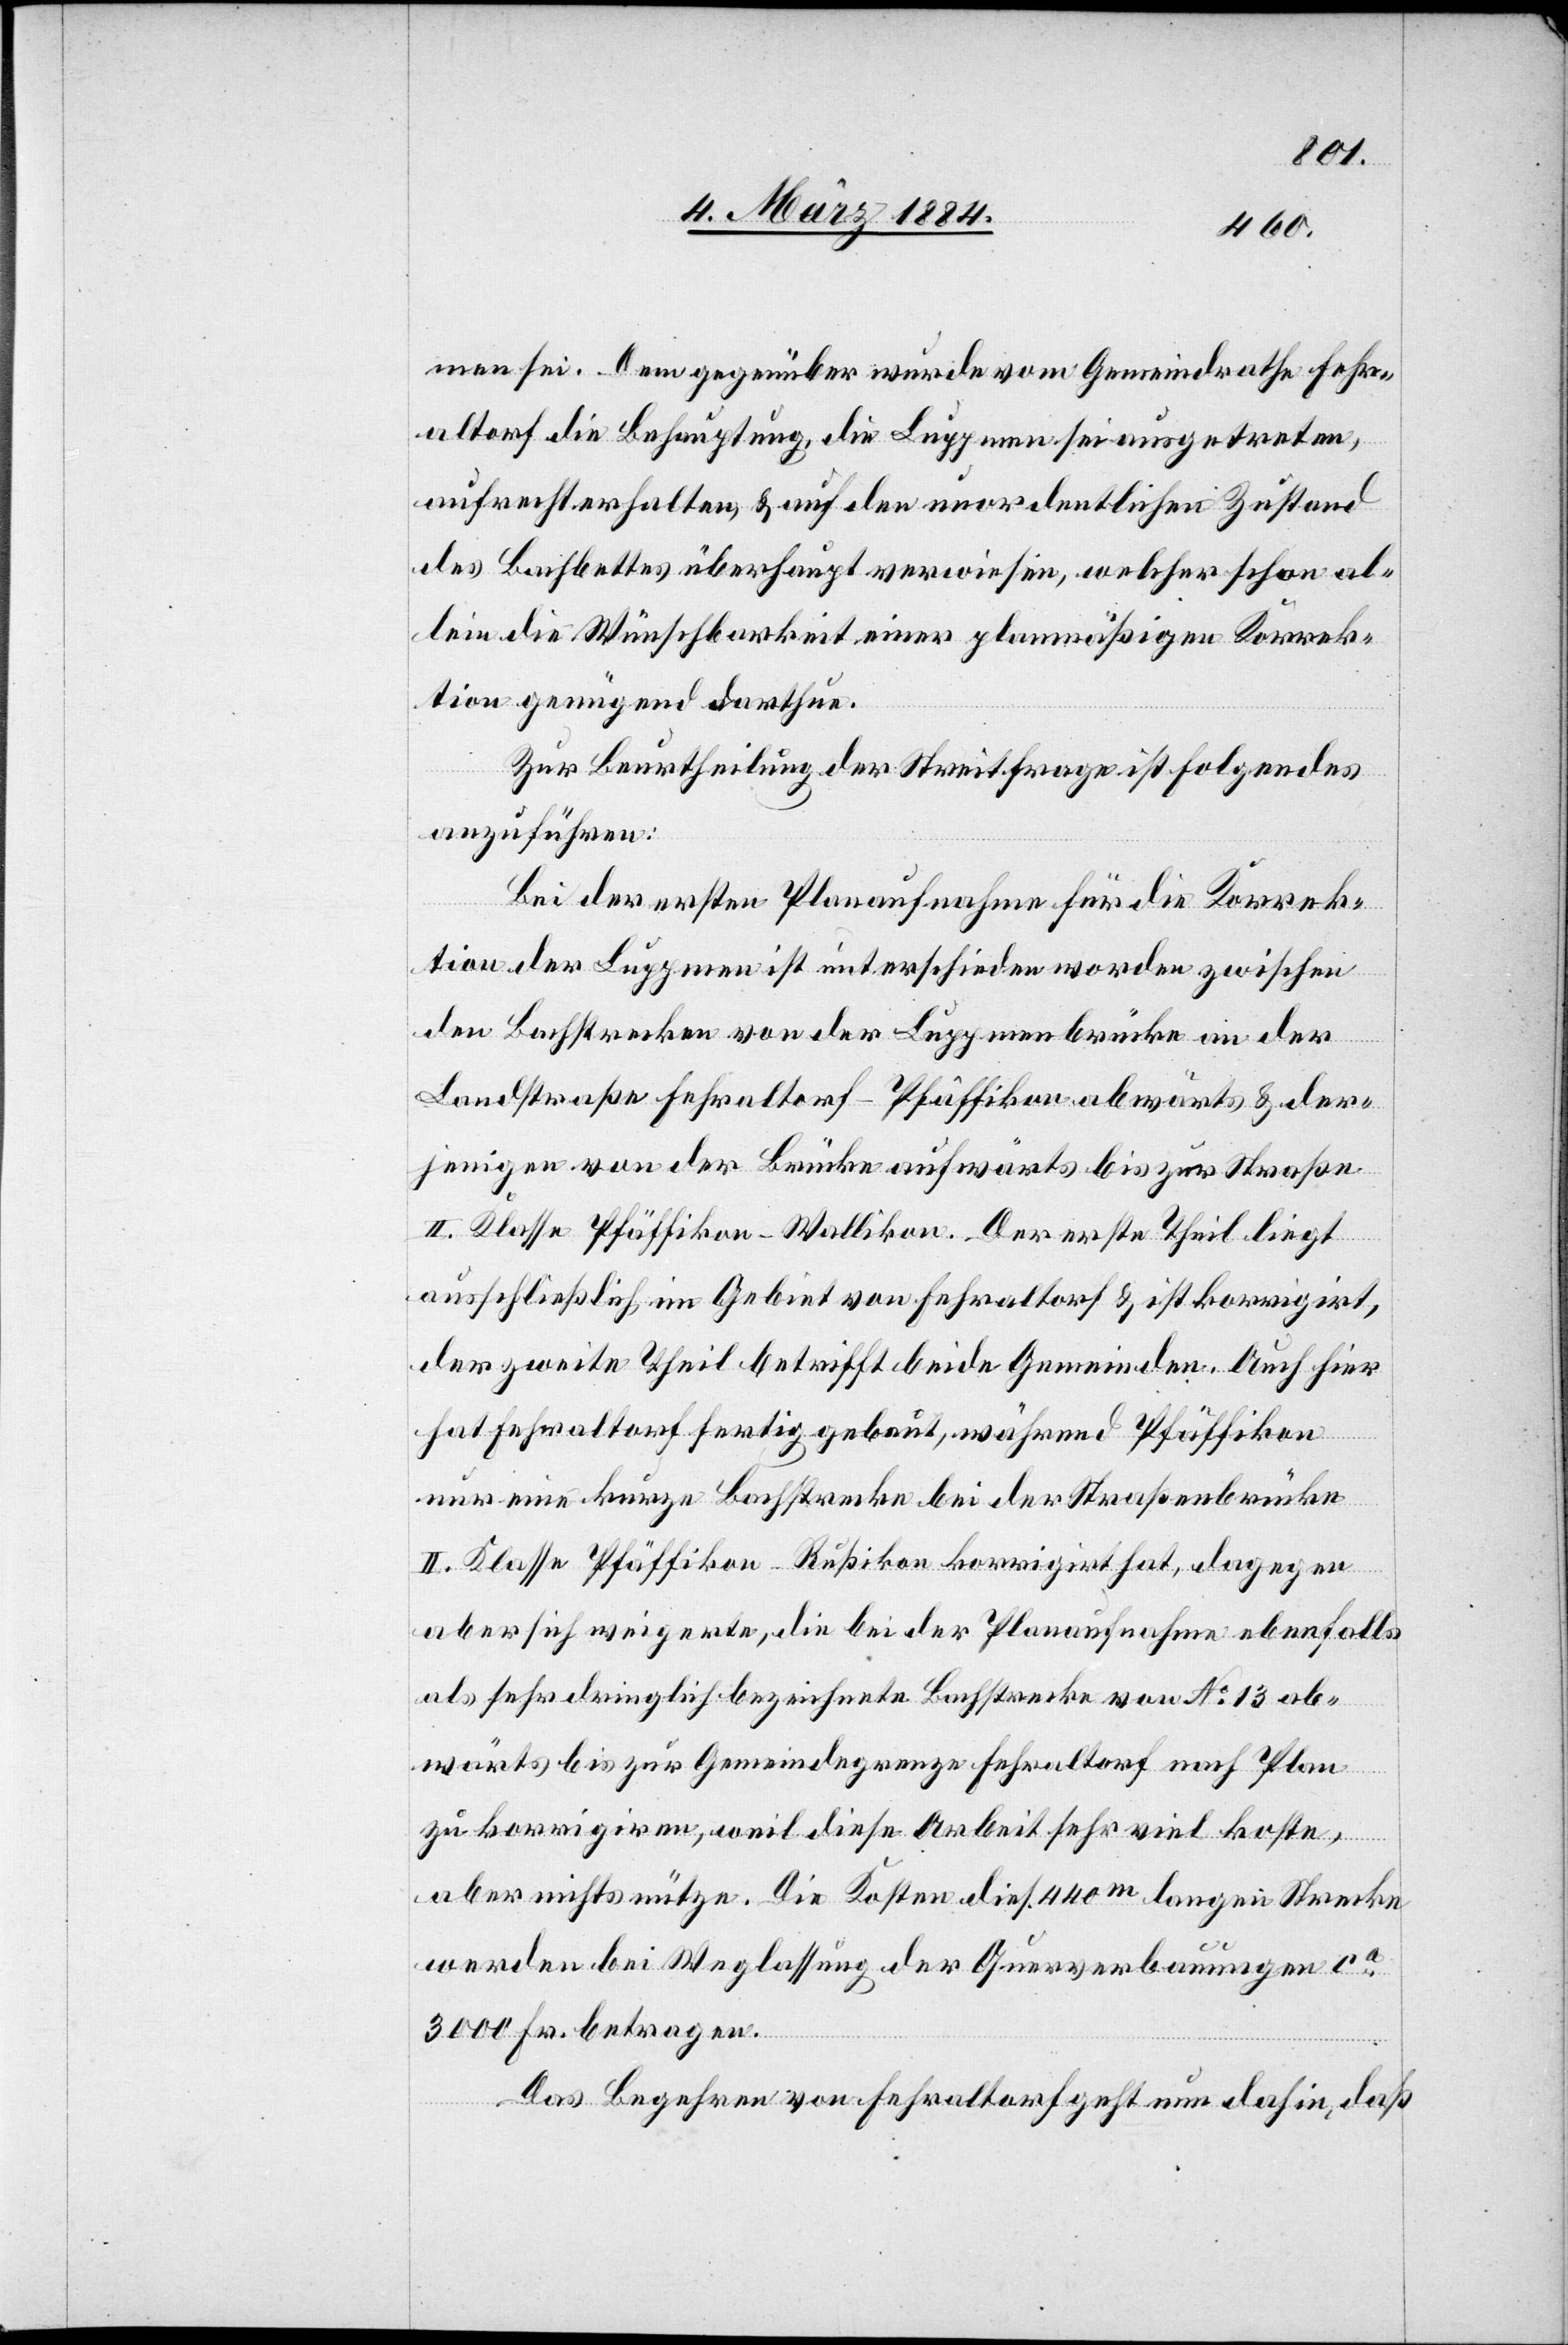
men sei. Dem gegenüber wurde vom Gemeindrathe Fehr¬
altorf die Behauptung, die Luppmen sei ausgetreten,
aufrechterhalten, & auf den unordentlichen Zustand
des Bachbettes überhaupt verwiesen, welcher schon al¬
lein die Wünschbarkeit einer planmäßigen Korrek¬
tion genügend darthue.
Zur Beurtheilung der Streitfrage ist Folgendes
anzuführen:
Bei der ersten Planaufnahme für die Korrek¬
tion der Luppmen ist entschieden worden zwischen
den Bachstrecken von der Luppmenbrücke an der
Landstraße Fehraltorf–Pfäffikon abwärts & der¬
jenigen von der Brücke aufwärts bis zur Straße
II. Klasse Pfäffikon-Wallikon. Der erste Theil liegt
ausschließlich im Gebiet von Fehraltorf & ist korrigiert,
der zweite Theil betrifft beide Gemeinden. Auch hier
hat Fehraltorf fertig gebaut, während Pfäffikon
nur eine kurze Bachstrecke bei der Straßenbrücke
II. Klasse Pfäffikon–Rußikon korrigirt hat, dagegen
aber sich weigerte, die bei der Planaufnahme ebenfalls
als sehr dringlich bezeichnete Bachstrecke von No 13 ab¬
wärts bis zur Gemeindegrenze Fehraltorf nach Plan
zu korrigiren, weil diese Arbeit sehr viel koste,
aber nicht nütze. Die Kosten dies. 440m langen Strecke
werden bei Weglassung der Querverbauungen ca
3000 Fr. betragen.
Das Begehren Fehraltorf geht nun dahin, daß